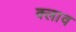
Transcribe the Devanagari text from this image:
क्लाव